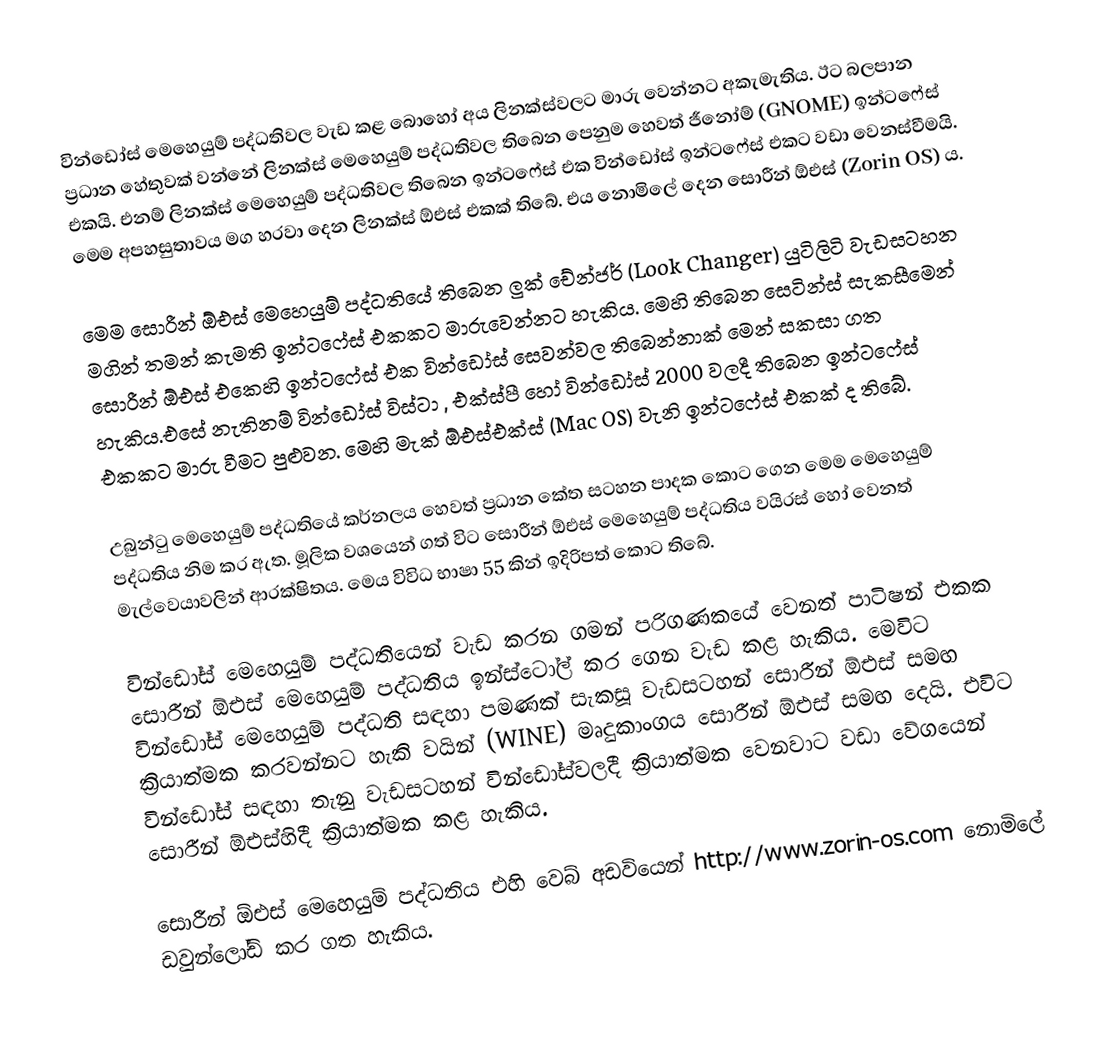
වින්ඩෝස් මෙහෙයුම් පද්ධතිවල වැඩ කළ බොහෝ අය ලිනක්ස්වලට මාරු වෙන්නට අකැමැතිය. ඊට බලපාන ප්‍රධාන හේතුවක් වන්නේ ලිනක්ස් මෙහෙයුම් පද්ධතිවල තිබෙන පෙනුම හෙවත් ජීනෝම් (GNOME) ඉන්ටෆේස් එකයි. එනම් ලිනක්ස් මෙහෙයුම් පද්ධතිවල තිබෙන ඉන්ටෆේස් එක වින්ඩෝස් ඉන්ටෆේස් එකට වඩා වෙනස්වීමයි. මෙම අපහසුතාවය මග හරවා දෙන ලිනක්ස් ඕඑස් එකක් තිබේ. එය නොමිලේ දෙන සොරීන් ඕඑස් (Zorin OS) ය.

මෙම සොරීන් ඕඑස් මෙහෙයුම් පද්ධතියේ තිබෙන ලුක් චේන්ජර් (Look Changer) යුටිලිටි වැඩසටහන මගින් තමන් කැමති ඉන්ටෆේස් එකකට මාරුවෙන්නට හැකිය. මෙහි තිබෙන සෙටින්ස් සැකසීමෙන් සොරීන් ඕඑස් එකෙහි ඉන්ටෆේස් එක වින්ඩෝස් සෙවන්වල තිබෙන්නාක් මෙන් සකසා ගත හැකිය.එසේ නැතිනම් වින්ඩෝස් විස්ටා , එක්ස්පී හෝ වින්ඩෝස් 2000 වලදී තිබෙන ඉන්ටෆේස් එකකට මාරු වීමට පුළුවන. මෙහි මැක් ඕඑස්එක්ස් (Mac OS) වැනි ඉන්ටෆේස් එකක් ද තිබේ.

උබුන්ටු මෙහෙයුම් පද්ධතියේ කර්නලය හෙවත් ප්‍රධාන කේත සටහන පාදක කොට ගෙන මෙම මෙහෙයුම් පද්ධතිය නිම කර ඇත. මූලික වශයෙන් ගත් විට සොරීන් ඕඑස් මෙහෙයුම් පද්ධතිය වයිරස් හෝ වෙනත් මැල්වෙයාවලින් ආරක්ෂිතය. මෙය විවිධ භාෂා 55 කින් ඉදිරිපත් කොට තිබේ.

වින්ඩෝස් මෙහෙයුම් පද්ධතියෙන් වැඩ කරන ගමන් පරිගණකයේ වෙනත් පාටිෂන් එකක සොරීන් ඕඑස් මෙහෙයුම් පද්ධතිය ඉන්ස්ටෝල් කර ගෙන වැඩ කළ හැකිය. මෙවිට වින්ඩෝස් මෙහෙයුම් පද්ධති සඳහා පමණක් සැකසූ වැඩසටහන් සොරීන් ඕඑස් සමඟ ක්‍රියාත්මක කරවන්නට හැකි වයින් (WINE) මෘදුකාංගය සොරීන් ඕඑස් සමඟ දෙයි. එවිට වින්ඩෝස් සඳහා තැනු වැඩසටහන් වින්ඩෝස්වලදී ක්‍රියාත්මක වෙනවාට වඩා වේගයෙන් සොරීන් ඕඑස්හිදී ක්‍රියාත්මක කළ හැකිය.

සොරීන් ඕඑස් මෙහෙයුම් පද්ධතිය එහි වෙබ් අඩවියෙන් http://www.zorin-os.com නොමිලේ ඩවුන්ලෝඩ් කර ගත හැකිය.